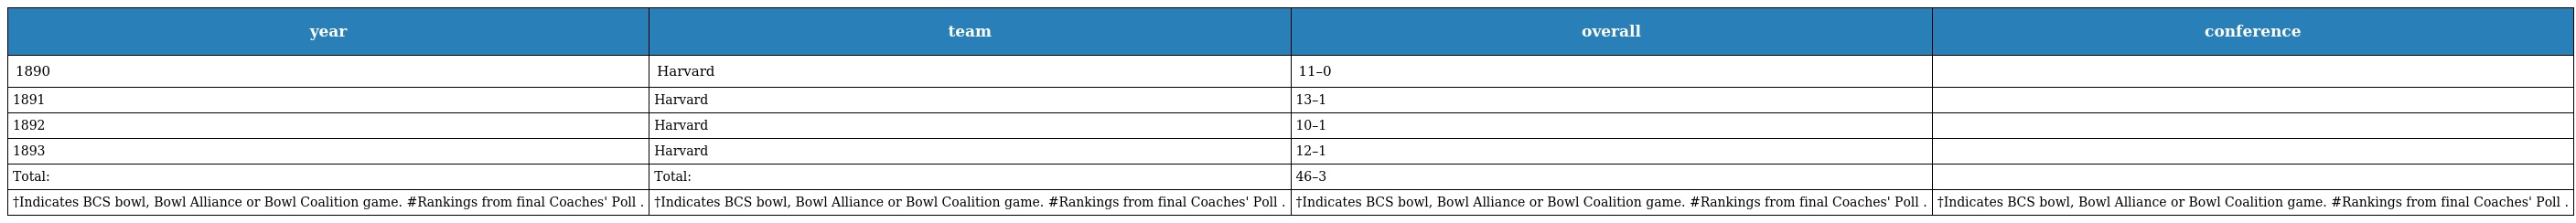
| year | team | overall | conference |
 | --- | --- | --- | --- |
 | 1890 | Harvard | 11–0 |  |
 | 1891 | Harvard | 13–1 |  |
 | 1892 | Harvard | 10–1 |  |
 | 1893 | Harvard | 12–1 |  |
 | Total: | Total: | 46–3 |  |
 | †Indicates BCS bowl, Bowl Alliance or Bowl Coalition game. #Rankings from final Coaches' Poll . | †Indicates BCS bowl, Bowl Alliance or Bowl Coalition game. #Rankings from final Coaches' Poll . | †Indicates BCS bowl, Bowl Alliance or Bowl Coalition game. #Rankings from final Coaches' Poll . | †Indicates BCS bowl, Bowl Alliance or Bowl Coalition game. #Rankings from final Coaches' Poll . |